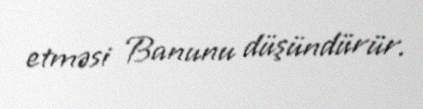
etməsi Banunu düşündürür.